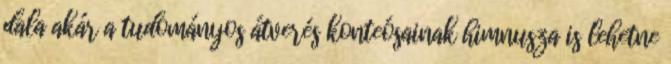
dala akár a tudományos átverés konteósainak himnusza is lehetne